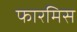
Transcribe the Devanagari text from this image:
फारमिस